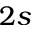
2 s